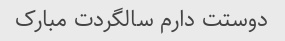
دوستت دارم سالگردت مبارک